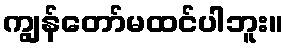
ကျွန်တော်မထင်ပါဘူး။